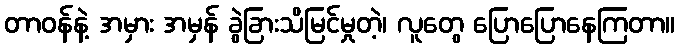
တာဝန်နဲ့ အမှား အမှန် ခွဲခြားသိမြင်မှုတဲ့၊ လူတွေ ပြောပြောနေကြတာ။